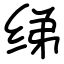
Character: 绨